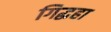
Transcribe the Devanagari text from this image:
गिद्धहा